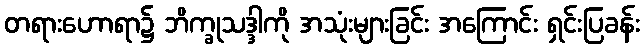
တရားဟောရာ၌ ဘိက္ခုသဒ္ဒါကို အသုံးများခြင်း အကြောင်း ရှင်းပြခန်း